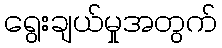
ရွေးချယ်မှုအတွက်